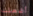
أشعلت